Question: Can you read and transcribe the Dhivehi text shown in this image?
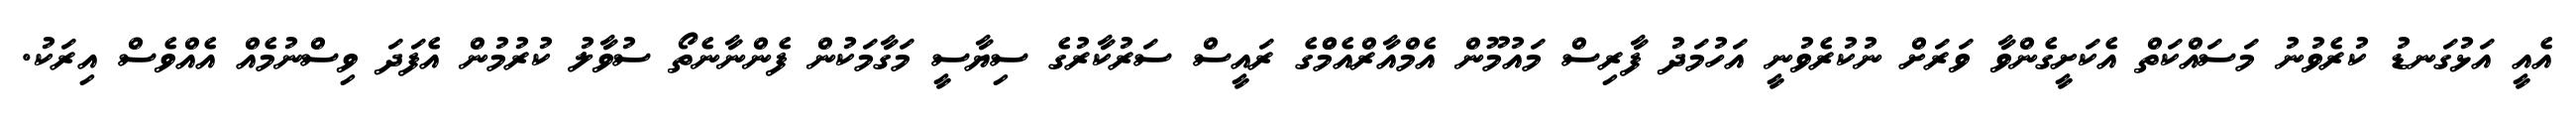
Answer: އެއީ އަޅުގަނޑު ކުރެވުނު މަސައްކަތް އެކަށީގެންވާ ވަރަށް ނުކުރެވުނީ އަހުމަދު ފާރިސް މައުމޫން އެމްއާރްއެމްްގެ ރައީސް ސަރުކާރުގެ ސިޔާސީ މަގާމަކުން ފެންނާނެތޯ ސުވާލު ކުރުމުން އެފަދަ ވިސްނުމެއް އެއްވެސް އިރަކު.